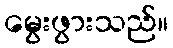
မွေးဖွားသည်။